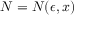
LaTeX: N = N ( \epsilon , x )